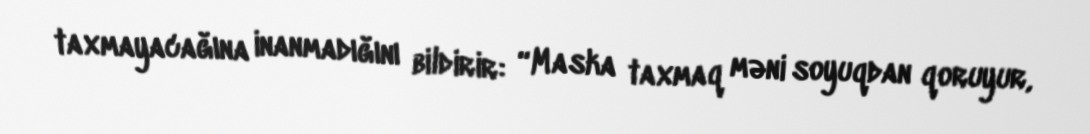
taxmayacağına inanmadığını bildirir: “Maska taxmaq məni soyuqdan qoruyur,